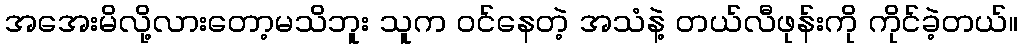
အအေးမိလို့လားတော့မသိဘူး သူက ဝင်နေတဲ့ အသံနဲ့ တယ်လီဖုန်းကို ကိုင်ခဲ့တယ်။